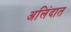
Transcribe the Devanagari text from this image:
अलिंदात